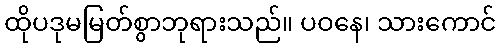
ထိုပဒုမမြတ်စွာဘုရားသည်။ ပဝနေ၊ သားကောင်